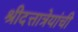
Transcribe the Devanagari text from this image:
श्रीदत्तात्रेयांची